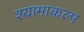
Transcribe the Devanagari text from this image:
श्यामाकल्प